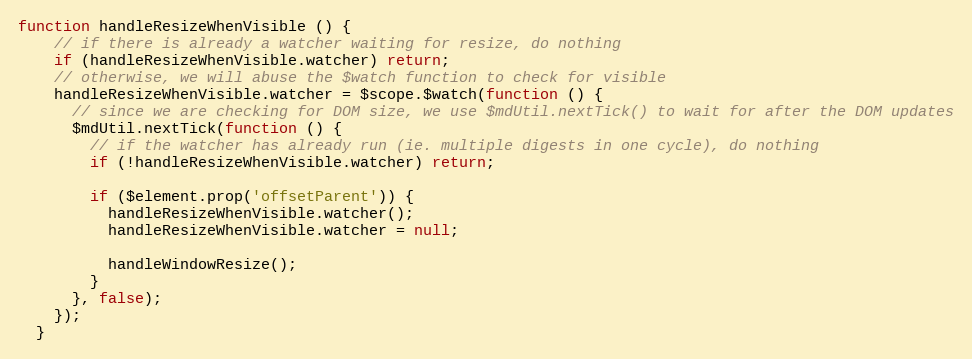
Language: JavaScript
function handleResizeWhenVisible () {
    // if there is already a watcher waiting for resize, do nothing
    if (handleResizeWhenVisible.watcher) return;
    // otherwise, we will abuse the $watch function to check for visible
    handleResizeWhenVisible.watcher = $scope.$watch(function () {
      // since we are checking for DOM size, we use $mdUtil.nextTick() to wait for after the DOM updates
      $mdUtil.nextTick(function () {
        // if the watcher has already run (ie. multiple digests in one cycle), do nothing
        if (!handleResizeWhenVisible.watcher) return;

        if ($element.prop('offsetParent')) {
          handleResizeWhenVisible.watcher();
          handleResizeWhenVisible.watcher = null;

          handleWindowResize();
        }
      }, false);
    });
  }